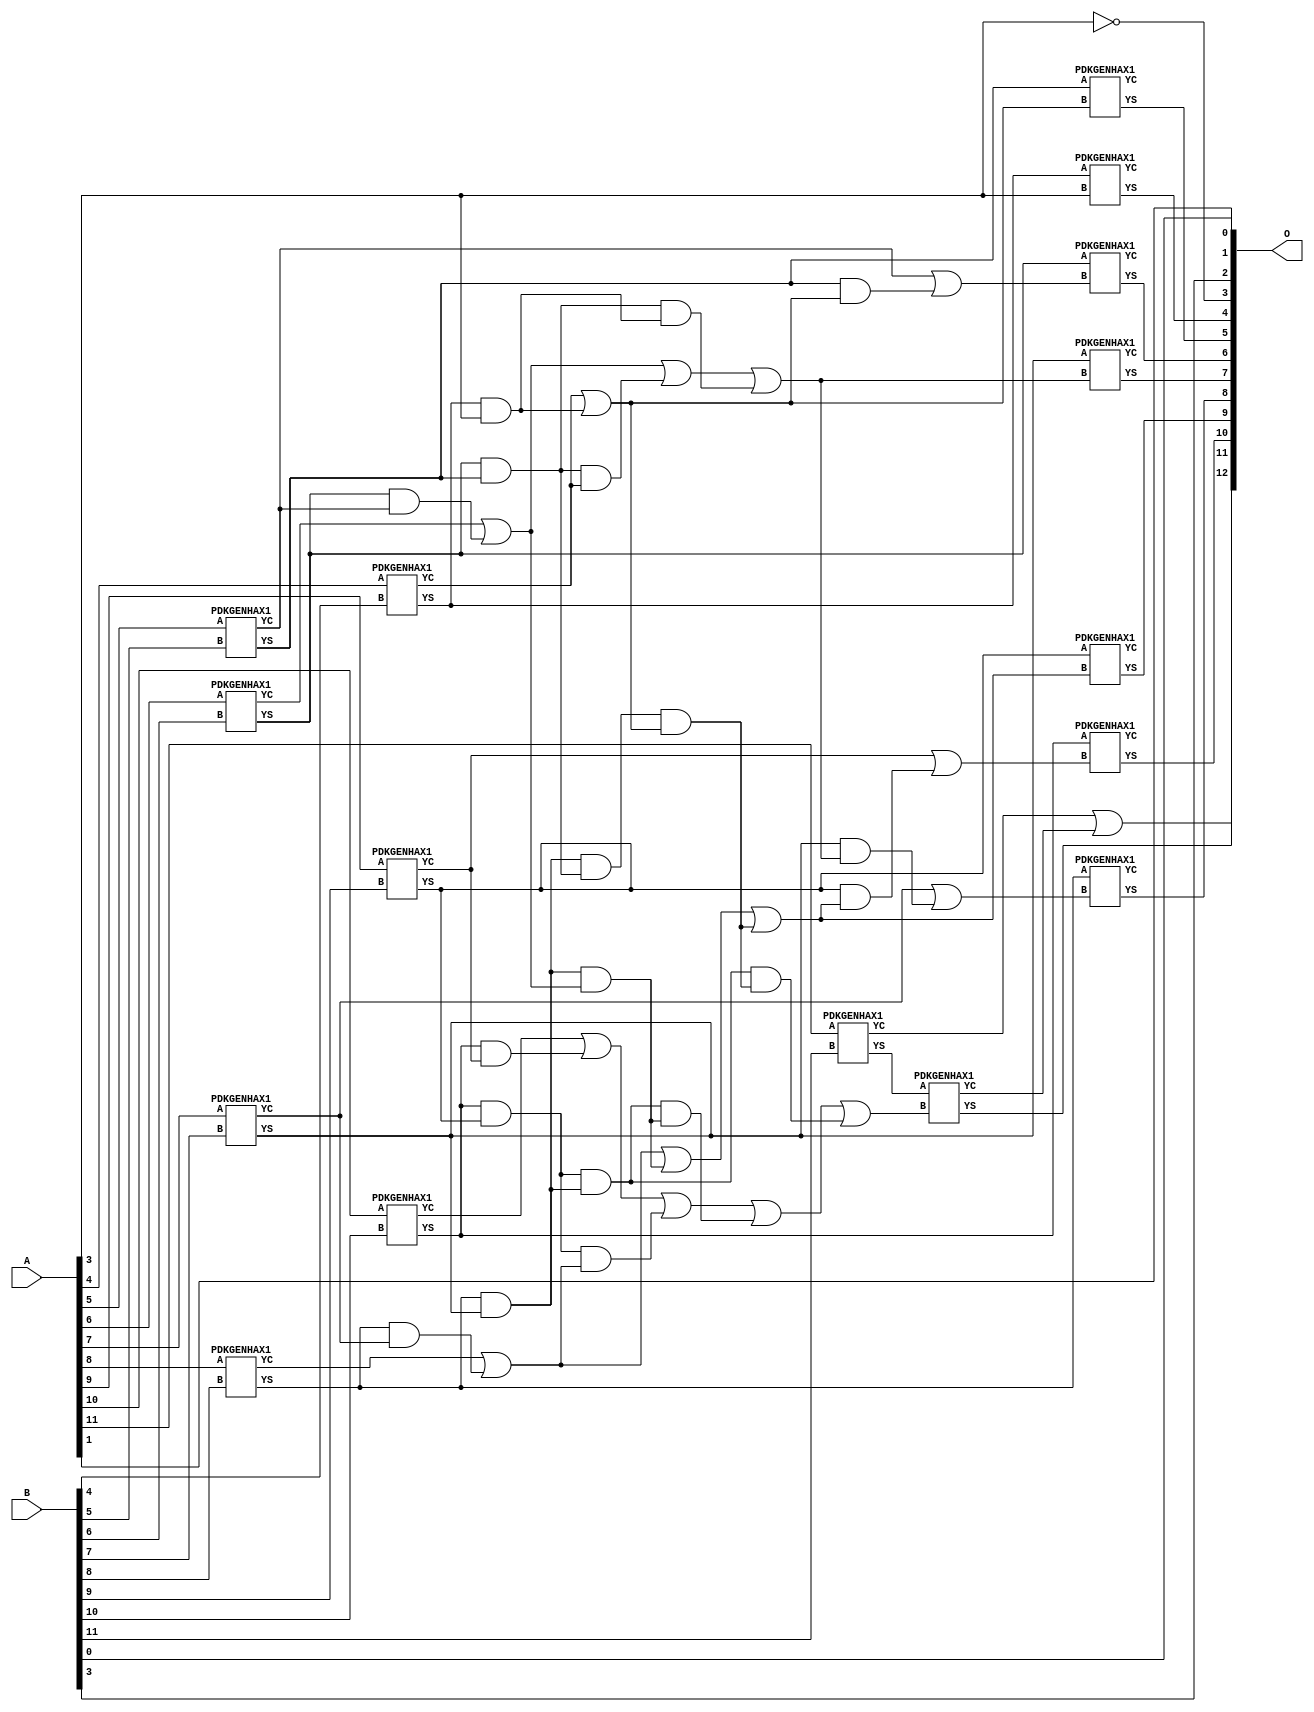
// This program was cloned from: https://github.com/ehw-fit/evoapproxlib
// License: MIT License

/***
* This code is a part of EvoApproxLib library (ehw.fit.vutbr.cz/approxlib) distributed under The MIT License.
* When used, please cite the following article(s): V. Mrazek, Z. Vasicek and R. Hrbacek, "Role of circuit representation in evolutionary design of energy-efficient approximate circuits" in IET Computers & Digital Techniques, vol. 12, no. 4, pp. 139-149, 7 2018. doi: 10.1049/iet-cdt.2017.0188 
* This file contains a circuit from a sub-set of pareto optimal circuits with respect to the pwr and mse parameters
***/
// MAE% = 0.037 %
// MAE = 3.0 
// WCE% = 0.098 %
// WCE = 8.0 
// WCRE% = 800.00 %
// EP% = 90.62 %
// MRE% = 0.10 %
// MSE = 14 
// PDK45_PWR = 0.036 mW
// PDK45_AREA = 72.7 um2
// PDK45_DELAY = 0.68 ns

module add12u_0T9(A, B, O);
  input [11:0] A, B;
  output [12:0] O;
  wire n_318, n_319, n_411, n_410, n_255, n_254, n_796, n_546, n_702, n_45;
  wire n_44, n_47, n_46, n_41, n_40, n_43, n_42, n_380, n_141, n_140;
  wire n_670, n_462, n_774, n_775, n_754, n_400, n_244, n_245, n_755, n_712;
  wire n_30, n_31, n_32, n_33, n_34, n_35, n_36, n_37, n_38, n_39;
  wire n_817, n_816, n_785, n_390, n_391, n_784, n_150, n_151, n_660, n_433;
  wire n_432, n_722, n_235, n_234, n_23, n_22, n_21, n_20, n_27, n_26;
  wire n_25, n_24, n_29, n_28, n_806, n_807, n_556, n_484, n_121, n_120;
  wire n_836, n_349, n_348, n_224, n_225, n_2, n_18, n_19, n_16, n_17;
  wire n_14, n_3, n_12, n_13, n_10, n_11, n_98, n_99, n_130, n_131;
  wire n_826, n_827, n_453, n_452, n_15, n_89, n_88, n_536, n_537, n_442;
  wire n_692, n_110, n_111, n_297, n_296, n_504, n_277, n_276, n_566, n_370;
  wire n_680, n_163, n_162, n_286, n_287, n_598, n_206, n_207, n_514, n_266;
  wire n_267, n_8, n_9, n_4, n_5, n_6, n_7, n_0, n_1, n_307;
  wire n_306, n_172, n_173, n_797, n_422, n_765, n_764, n_608, n_609;
  assign n_0 = A[0];
  assign n_1 = A[0];
  assign n_2 = A[1];
  assign n_3 = A[1];
  assign n_4 = A[2];
  assign n_5 = A[2];
  assign n_6 = A[3];
  assign n_7 = A[3];
  assign n_8 = A[4];
  assign n_9 = A[4];
  assign n_10 = A[5];
  assign n_11 = A[5];
  assign n_12 = A[6];
  assign n_13 = A[6];
  assign n_14 = A[7];
  assign n_15 = A[7];
  assign n_16 = A[8];
  assign n_17 = A[8];
  assign n_18 = A[9];
  assign n_19 = A[9];
  assign n_20 = A[10];
  assign n_21 = A[10];
  assign n_22 = A[11];
  assign n_23 = A[11];
  assign n_24 = B[0];
  assign n_25 = B[0];
  assign n_26 = B[1];
  assign n_27 = B[1];
  assign n_28 = B[2];
  assign n_29 = B[2];
  assign n_30 = B[3];
  assign n_31 = B[3];
  assign n_32 = B[4];
  assign n_33 = B[4];
  assign n_34 = B[5];
  assign n_35 = B[5];
  assign n_36 = B[6];
  assign n_37 = B[6];
  assign n_38 = B[7];
  assign n_39 = B[7];
  assign n_40 = B[8];
  assign n_41 = B[8];
  assign n_42 = B[9];
  assign n_43 = B[9];
  assign n_44 = B[10];
  assign n_45 = B[10];
  assign n_46 = B[11];
  assign n_47 = B[11];
  PDKGENHAX1 tmp59(.YS(n_88), .YC(n_89), .A(n_8), .B(n_32));
  PDKGENHAX1 tmp60(.YS(n_98), .YC(n_99), .A(n_10), .B(n_34));
  PDKGENHAX1 tmp61(.YS(n_110), .YC(n_111), .A(n_12), .B(n_36));
  PDKGENHAX1 tmp62(.YS(n_120), .YC(n_121), .A(n_14), .B(n_38));
  PDKGENHAX1 tmp63(.YS(n_130), .YC(n_131), .A(n_16), .B(n_40));
  PDKGENHAX1 tmp64(.YS(n_140), .YC(n_141), .A(n_18), .B(n_42));
  PDKGENHAX1 tmp65(.YS(n_150), .YC(n_151), .A(n_20), .B(n_44));
  PDKGENHAX1 tmp66(.YS(n_162), .YC(n_163), .A(n_22), .B(n_46));
  assign n_172 = n_6;
  assign n_173 = n_172;
  assign n_206 = ~n_6;
  assign n_207 = n_206;
  assign n_224 = n_89;
  assign n_225 = n_224;
  assign n_234 = n_110 & n_99;
  assign n_235 = n_234;
  assign n_244 = n_110 & n_98;
  assign n_245 = n_244;
  assign n_254 = n_111 | n_235;
  assign n_255 = n_254;
  assign n_266 = n_130 & n_121;
  assign n_267 = n_266;
  assign n_276 = n_130 & n_120;
  assign n_277 = n_276;
  assign n_286 = n_131 | n_267;
  assign n_287 = n_286;
  assign n_296 = n_150 & n_141;
  assign n_297 = n_296;
  assign n_306 = n_150 & n_140;
  assign n_307 = n_306;
  assign n_318 = n_151 | n_297;
  assign n_319 = n_318;
  assign n_348 = n_88 & n_6;
  assign n_349 = n_348;
  assign n_370 = n_225 | n_348;
  assign n_380 = n_245 & n_225;
  assign n_390 = n_244 & n_349;
  assign n_391 = n_390;
  assign n_400 = n_255 | n_380;
  assign n_410 = n_277 & n_255;
  assign n_411 = n_410;
  assign n_422 = n_276 & n_244;
  assign n_432 = n_287 | n_410;
  assign n_433 = n_432;
  assign n_442 = n_306 & n_286;
  assign n_452 = n_307 & n_276;
  assign n_453 = n_452;
  assign n_462 = n_319 | n_442;
  assign n_484 = n_370;
  assign n_504 = n_400 | n_391;
  assign n_514 = n_422 & n_484;
  assign n_536 = n_433 | n_514;
  assign n_537 = n_536;
  assign n_546 = n_453 & n_411;
  assign n_556 = n_452;
  assign n_566 = n_462 | n_546;
  assign n_598 = n_556 & n_514;
  assign n_608 = n_566 | n_598;
  assign n_609 = n_608;
  assign n_660 = n_98 & n_484;
  assign n_670 = n_99 | n_660;
  assign n_680 = n_120 & n_504;
  assign n_692 = n_121 | n_680;
  assign n_702 = n_140 & n_537;
  assign n_712 = n_141 | n_702;
  assign n_722 = n_30;
  PDKGENHAX1 tmp125(.YS(n_754), .YC(n_755), .A(n_88), .B(n_173));
  PDKGENHAX1 tmp126(.YS(n_764), .YC(n_765), .A(n_98), .B(n_484));
  PDKGENHAX1 tmp127(.YS(n_774), .YC(n_775), .A(n_110), .B(n_670));
  PDKGENHAX1 tmp128(.YS(n_784), .YC(n_785), .A(n_120), .B(n_504));
  PDKGENHAX1 tmp129(.YS(n_796), .YC(n_797), .A(n_130), .B(n_692));
  PDKGENHAX1 tmp130(.YS(n_806), .YC(n_807), .A(n_140), .B(n_536));
  PDKGENHAX1 tmp131(.YS(n_816), .YC(n_817), .A(n_150), .B(n_712));
  PDKGENHAX1 tmp132(.YS(n_826), .YC(n_827), .A(n_162), .B(n_609));
  assign n_836 = n_163 | n_827;
  assign O[0] = n_24;
  assign O[1] = n_2;
  assign O[2] = n_722;
  assign O[3] = n_207;
  assign O[4] = n_754;
  assign O[5] = n_764;
  assign O[6] = n_774;
  assign O[7] = n_784;
  assign O[8] = n_796;
  assign O[9] = n_806;
  assign O[10] = n_816;
  assign O[11] = n_826;
  assign O[12] = n_836;
endmodule

/* mod */
module PDKGENHAX1( input A, input B, output YS, output YC );
    assign YS = A ^ B;
    assign YC = A & B;
endmodule